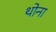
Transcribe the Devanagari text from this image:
थोना